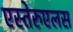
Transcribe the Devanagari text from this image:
एस्तेरुएलस